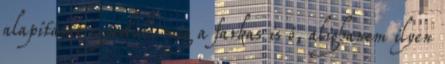
alapítását egyedül, még a farkas is ő, alighanem ilyen